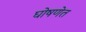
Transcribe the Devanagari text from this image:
घोषणेत